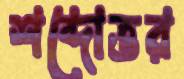
শব্দোত্তর